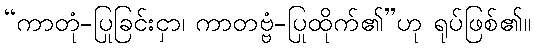
“ကာတုံ-ပြုခြင်းငှာ၊ ကာတဗ္ဗံ-ပြုထိုက်၏”ဟု ရုပ်ဖြစ်၏။